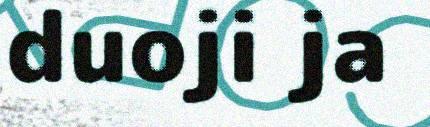
duoji ja